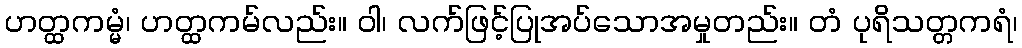
ဟတ္ထကမ္မံ၊ ဟတ္ထကမ်လည်း။ ဝါ၊ လက်ဖြင့်ပြုအပ်သောအမှုတည်း။ တံ ပုရိသတ္တကရံ၊